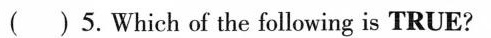
()5. Which of the following is TRUE?